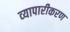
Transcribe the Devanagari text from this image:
व्‍यापारीकरण